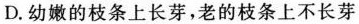
D.幼嫩的枝条上长芽，老的枝条上不长芽